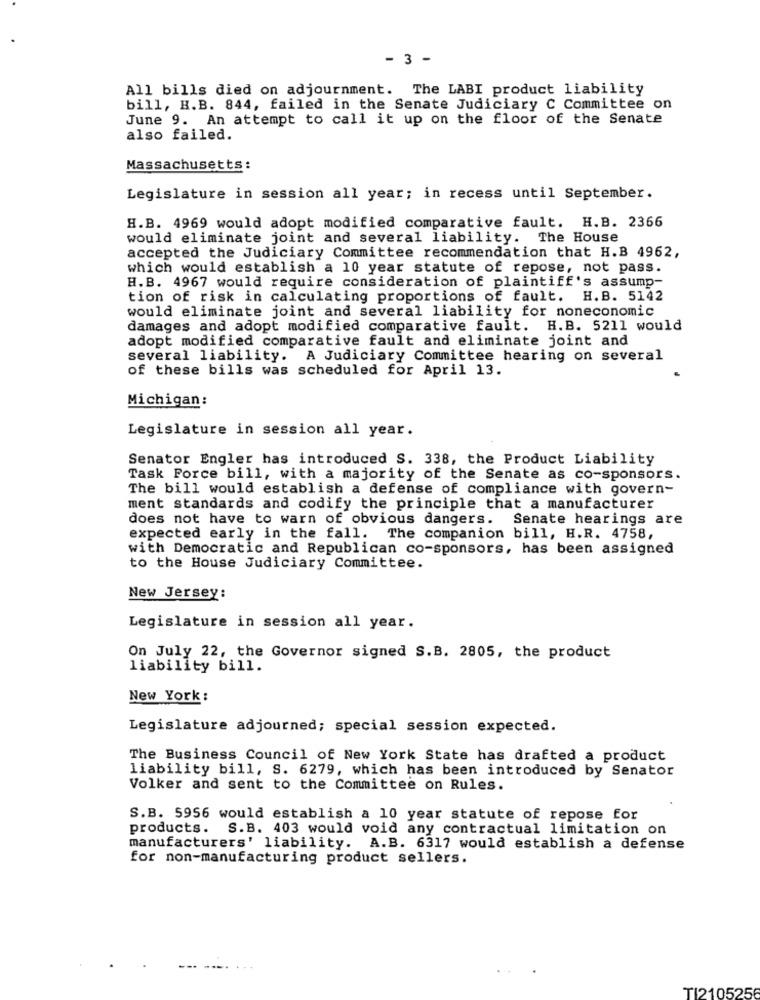
- 3 -
All bills died on adjournment. The LABI product liability
bill, H.B. 844, failed in the Senate Judiciary C Committee on
June 9. An attempt to call it up on the floor of the Senate
also failed.
Massachusetts:
Legislature in session all year; in recess until September.
H.B. 4969 would adopt modified comparative fault. H.B. 2366
would eliminate joint and several liability. The House
accepted the Judiciary Committee recommendation that H.B 4962,
which would establish a 10 year statute of repose, not pass.
H.B. 4967 would require consideration of plaintiff's assump-
tion of risk in calculating proportions of fault. H.B. 5142
would eliminate joint and several liability for noneconomic
damages and adopt modified comparative fault. H.B. 5211 would
adopt modified comparative fault and eliminate joint and
several liability. A Judiciary Committee hearing on several
of these bills was scheduled for April 13.
Michigan:
Legislature in session all year.
Senator Engler has introduced S. 338, the Product Liability
Task Force bill, with a majority of the Senate as co-sponsors.
The bill would establish a defense of compliance with govern-
ment standards and codify the principle that a manufacturer
does not have to warn of obvious dangers. Senate hearings are
expected early in the fall. The companion bill, H.R. 4758,
with Democratic and Republican co-sponsors, has been assigned
to the House Judiciary Committee.
New Jersey:
Legislature in session all year.
On July 22, the Governor signed S.B. 2805, the product
liability bill.
New York :
Legislature adjourned; special session expected.
The Business Council of New York State has drafted a product
liability bill, S. 6279, which has been introduced by Senator
Volker and sent to the Committee on Rules.
S.B. 5956 would establish a 10 year statute of repose for
products. S.B. 403 would void any contractual limitation on
manufacturers' liability. A.B. 6317 would establish a defense
for non-manufacturing product sellers.
TI2105256